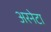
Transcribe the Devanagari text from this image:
अरनेटा